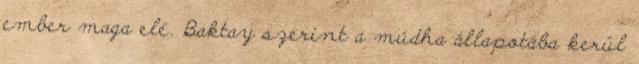
ember maga elé. Baktay szerint a múdha állapotába kerül